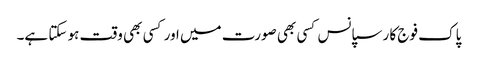
پاک فوج کا رسپانس کسی بھی صورت میں اور کسی بھی وقت ہو سکتا ہے۔